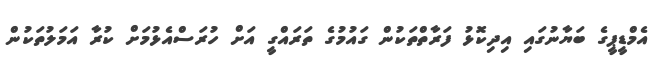
އެމްޑީޕީގެ ބަޔާނުގައި އިދިކޮޅު ފަރާތްތަކުން ގައުމުގެ ތަރައްގީ އަށް ހުރަސްއެޅުމަށް ކުރާ އަމަލުތަކުން